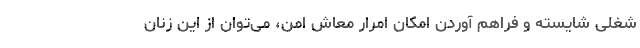
شغلی شایسته و فراهم آوردن امکان امرار معاشِ امن، می‌توان از این زنان